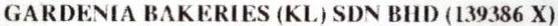
GARDENIA BAKERIES (KL) SDN BHD (139386 X)